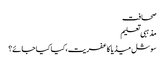
صحافت
مذہبی تعلیم
سوشل میڈیا کا عفریت،کیا کیا جائے؟